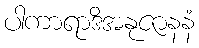
ပါကာရာဒိအနုဇာနနံ